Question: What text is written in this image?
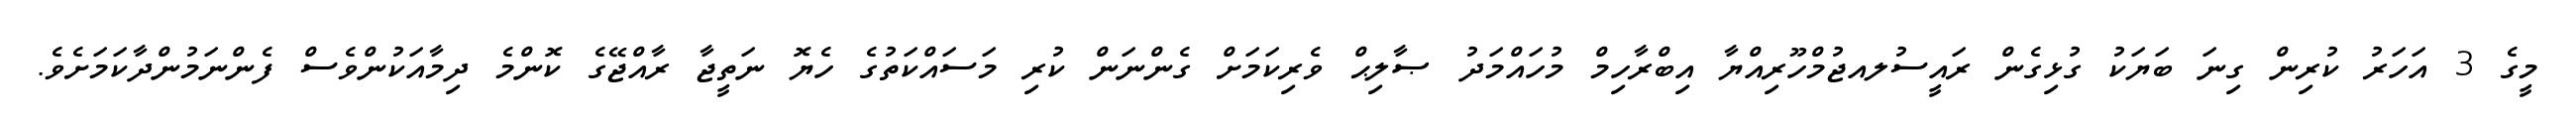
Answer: މީގެ 3 އަހަރު ކުރިން ގިނަ ބަޔަކު ގުޅިގެން ރައީސުލއޖުމްހޫރިއްޔާ އިބްރާހިމް މުހައްމަދު ޞާލިޙް ވެރިކަމަށް ގެންނަން ކުރި މަސައްކަތުގެ ހެޔޮ ނަތީޖާ ރާއްޖޭގެ ކޮންމެ ދިމާއަކުންވެސް ފެންނަމުންދާކަމަށެވެ.